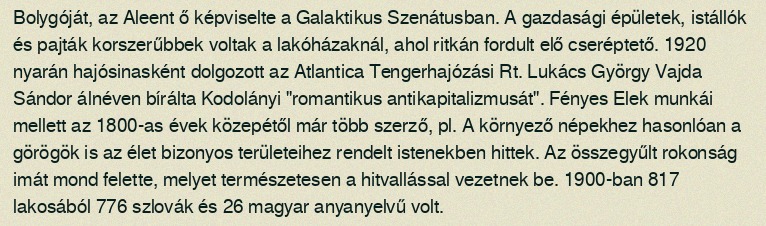
Bolygóját, az Aleent ő képviselte a Galaktikus Szenátusban. A gazdasági épületek, istállók és pajták korszerűbbek voltak a lakóházaknál, ahol ritkán fordult elő cseréptető. 1920 nyarán hajósinasként dolgozott az Atlantica Tengerhajózási Rt. Lukács György Vajda Sándor álnéven bírálta Kodolányi "romantikus antikapitalizmusát". Fényes Elek munkái mellett az 1800-as évek közepétől már több szerző, pl. A környező népekhez hasonlóan a görögök is az élet bizonyos területeihez rendelt istenekben hittek. Az összegyűlt rokonság imát mond felette, melyet természetesen a hitvallással vezetnek be. 1900-ban 817 lakosából 776 szlovák és 26 magyar anyanyelvű volt.